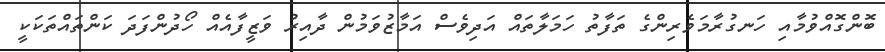
ބޮންގޮއްވުމާއި ހަނގުރާމަވެރިންގެ ތަފާތު ހަމަލާތައް އަދިވެސް އަމާޒުވަމުން ދާއިރު ވަޒީފާއެއް ހޯދުންފަދަ ކަންތައްތަކަކީ